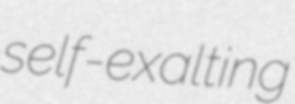
self-exalting